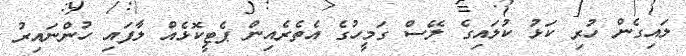
ލައިގެން ހުރި ކަޅު ކުލައިގެ ލޭސް ގަމީހުގެ އެތެރެއިން ޕެޓީކޮޅެއް ލާފައި ހުންނައިރު